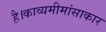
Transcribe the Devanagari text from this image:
है।काव्यमीमांसाकार